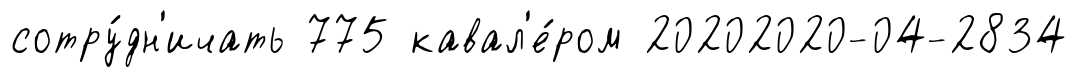
сотру́дн'ичать 775 кавал'е́ром 20202020-04-2834